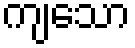
ကျသော